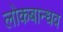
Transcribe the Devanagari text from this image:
लोकबान्धव